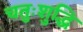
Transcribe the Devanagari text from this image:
चतुःशुद्धि